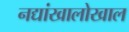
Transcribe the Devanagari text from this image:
नद्यांखालोखाल